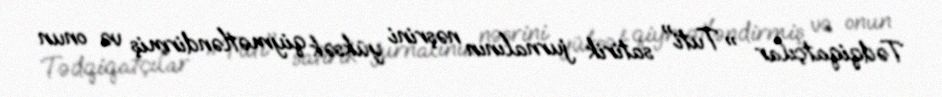
Tədqiqatçılar " Tuti" satirik jurnalının nəşrini yüksək qiymətləndirmiş və onun